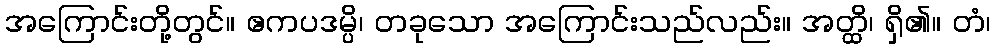
အကြောင်းတို့တွင်။ ဧကပဒမ္ပိ၊ တခုသော အကြောင်းသည်လည်း။ အတ္ထိ၊ ရှိ၏။ တံ၊